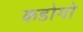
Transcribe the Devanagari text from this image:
कडोगो